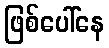
ဖြစ်ပေါ်နေ